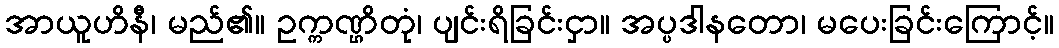
အာယူဟိနီ၊ မည်၏။ ဥက္ကဏ္ဌိတုံ၊ ပျင်းရိခြင်းငှာ။ အပ္ပဒါနတော၊ မပေးခြင်းကြောင့်။